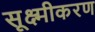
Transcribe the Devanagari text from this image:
सूक्ष्मीकरण